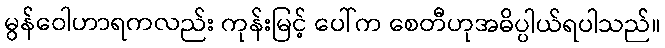
မွန်ဝေါဟာရကလည်း ကုန်းမြင့် ပေါ်က စေတီဟုအဓိပ္ပါယ်ရပါသည်။